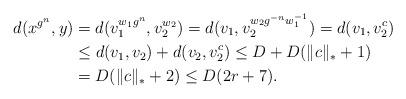
LaTeX: \begin{align*}d(x^{g^{n}}, y) & = d(v_1^{w_1 g^{n}}, v_2^{w_2}) = d(v_1, v_2^{w_2 g^{-n} w_1^{-1}}) = d(v_1, v_2^{c}) \\& \le d(v_1, v_2) + d(v_2, v_2^c) \le D + D(\|c\|_* +1) \\& = D(\|c\|_* +2)\le D(2r+7).\end{align*}